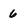
Character: 6